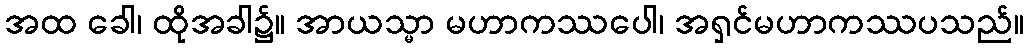
အထ ခေါ၊ ထိုအခါ၌။ အာယသ္မာ မဟာကဿပေါ၊ အရှင်မဟာကဿပသည်။